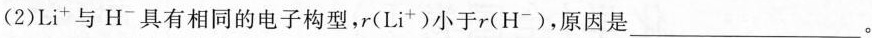
(2)Li^{+}与H^{-}具有相同的电子构型，r(Li^{+})小于r(H^{-})，原因是___。